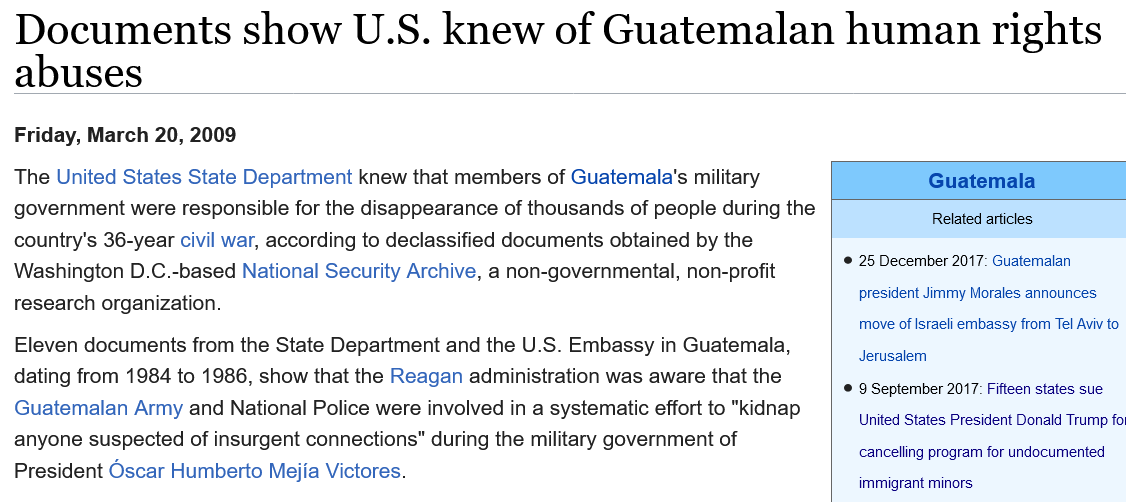
The United States State Department knew that members of Guatemala's military
  government were responsible for the disappearance of thousands of people during the
  country's 36-year civil war, according to declassified documents obtained by the
  Washington D.C.-based National Security Archive, a non-governmental, non-profit
  research organization.
  Eleven documents from the State Department and the U.S. Embassy in Guatemala,
  dating from 1984 to 1986, show that the Reagan administration was aware that the
  Guatemalan Army and National Police were involved in a systematic effort to "kidnap
  anyone suspected of insurgent connections" during the military government of
  President Oscar Humberto Mejia Victores.
     Guatemala
     Related articles,
     © 25 December 2017: Guatemalan
     president Jimmy Morales announces
     move of Israeli embassy from Tel Aviv to
     Jerusalem
     © 9 September 2017: Fifteen states sue
     United States President Donald Trump fc
     cancelling program for undocumented
     immigrant minors
  Friday, March 20, 2009
  Documents    show    U.S.    knew    of   Guatemalan    human    rights
  abuses